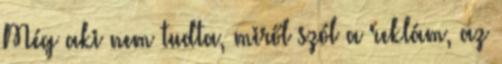
Még aki nem tudta, miről szól a reklám, az